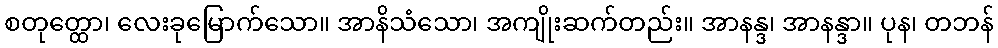
စတုတ္ထော၊ လေးခုမြောက်သော။ အာနိသံသော၊ အကျိုးဆက်တည်း။ အာနန္ဒ၊ အာနန္ဒာ။ ပုန၊ တဘန်